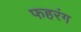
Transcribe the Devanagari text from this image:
फहरंग